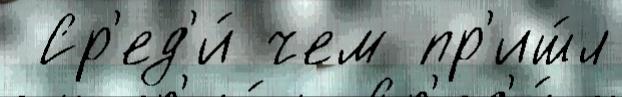
 Ср'ед'и́ чем пр'иш́л